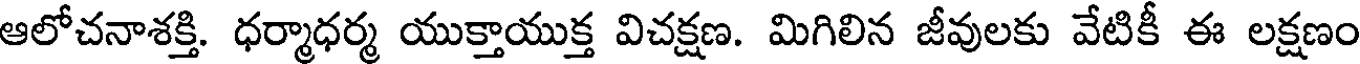
ఆలోచనాశక్తి. ధర్మాధర్మ యుక్తాయుక్త విచక్షణ. మిగిలిన జీవులకు వేటికీ ఈ లక్షణం